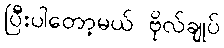
ပြီးပါတော့မယ် ဗိုလ်ချုပ်